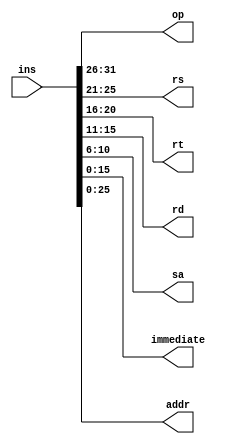
`timescale 1ns / 1ps
//////////////////////////////////////////////////////////////////////////////////
// Company: 
// Engineer: 
// 
// Design Name: 
// Module Name: ins_seg
// Project Name: 
// Target Devices: 
// Tool Versions: 
// Description: 
// 
// Dependencies: 
// 
// Revision:
// Revision 0.01 - File Created
// Additional Comments:
// 
//////////////////////////////////////////////////////////////////////////////////


module ins_seg(
        input [31:0] ins,
        output reg[5:0] op,
        output reg[4:0] rs,
        output reg[4:0] rt,
        output reg[4:0] rd,
        output reg[4:0] sa,
        output reg[15:0] immediate,
        output reg[25:0] addr
    );
    
    initial begin
        op = 5'b00000;
        rs = 5'b00000;
        rt = 5'b00000;
        rd = 5'b00000;
    end
    
    always@(ins) begin
        // R type instruction
        op = ins[31:26];
        rs = ins[25:21];
        rt = ins[20:16];
        rd = ins[15:11];
        sa = ins[10:6];
        // I type instruction
        immediate = ins[15:0];
        // J type instruction
        addr = ins[25:0];
    end
endmodule